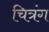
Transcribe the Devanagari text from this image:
चित्रंग